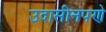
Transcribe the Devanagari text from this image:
उदासीनपणे